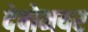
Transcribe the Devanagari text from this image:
देबोनयर